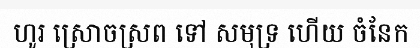
ហូរ ស្រោចស្រព ទៅ សមុទ្រ ហើយ ចំនែក